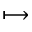
\longmapsto